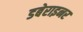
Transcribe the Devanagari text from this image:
डबेराइनर